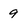
Character: 9